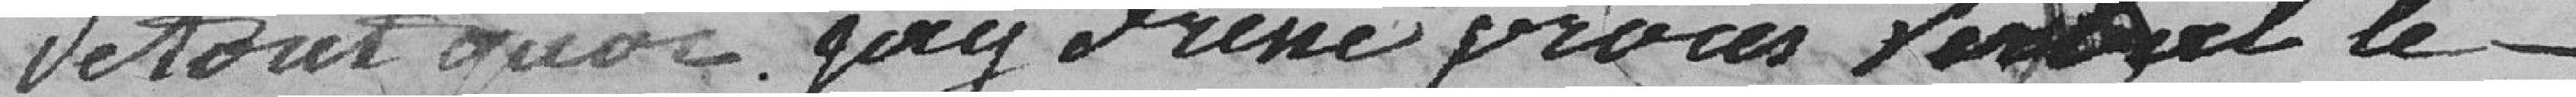
de tout quoi gay a dressé procès verbal le